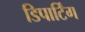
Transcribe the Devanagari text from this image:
डिपार्टिंग